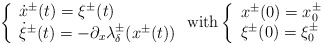
\begin{align*} \left\lbrace \begin{array}{l} \dot{x}^\pm(t)=\xi^\pm(t)\\ \dot{\xi}^\pm(t)=-\partial_x \lambda_\delta^\pm(x^\pm(t)) \end{array}\right. \textrm{with} \left\lbrace \begin{array}{l} x^\pm(0)=x^\pm_0 \\ \xi^\pm(0)=\xi^\pm_0 \end{array} \right. \end{align*}